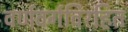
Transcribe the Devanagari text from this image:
वर्णवर्गविरहित